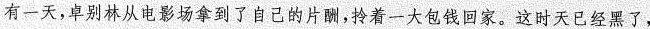
有一天，卓别林从电影场拿到了自己的片酬，拎着一大包钱回家。这时天已经黑了，